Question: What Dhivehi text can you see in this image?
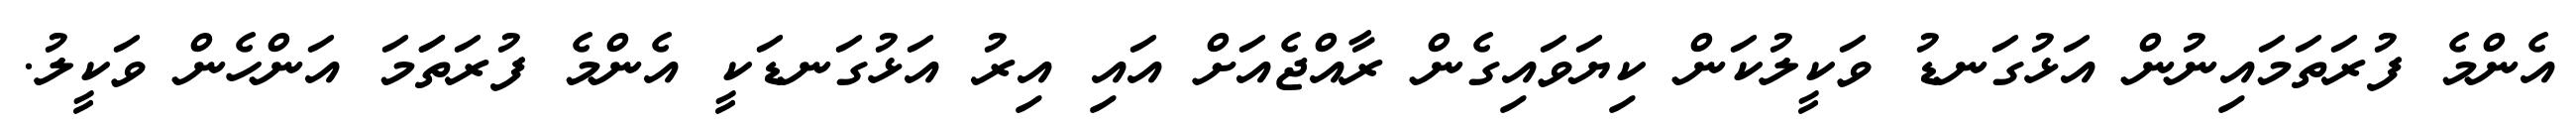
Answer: އެންމެ ފުރަތަމައިނުން އަޅުގަނޑު ވަކީލުކަން ކިޔަވައިގެން ރާއްޖެއަށް އައި އިރު އަޅުގަނޑަކީ އެންމެ ފުރަތަަމަ އަންހެން ވަކީލު.